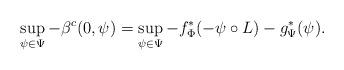
LaTeX: \begin{align*}\sup_{\psi\in\Psi} - \beta^c (0,\psi) = \sup_{\psi\in\Psi} - f^*_{\Phi} (-\psi\circ L)-g^{*}_{\Psi}(\psi). \end{align*}